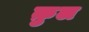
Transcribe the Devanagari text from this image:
क़ुल